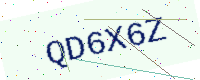
Text: QD6X6Z